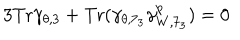
3 \mathrm { T r } \gamma _ { \theta , 3 } + \mathrm { T r } ( \gamma _ { \theta , 7 _ { 3 } } \gamma _ { W , 7 _ { 3 } } ^ { p } ) = 0